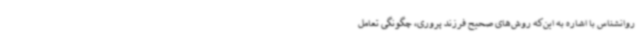
روانشناس با اشاره به این‌که روش‌های صحیح فرزند پروری، چگونگی تعامل